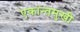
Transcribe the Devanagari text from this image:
एकान्तमुखी